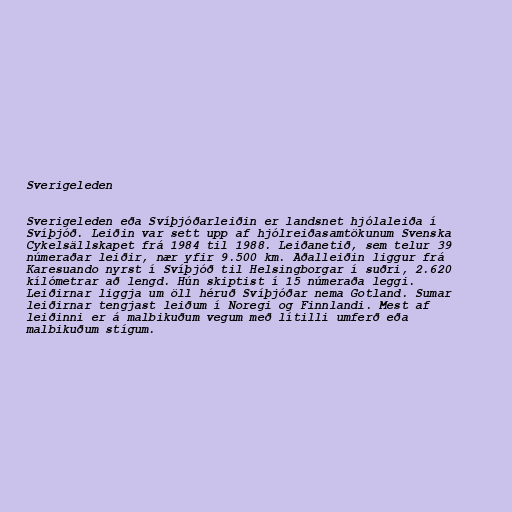
Sverigeleden

Sverigeleden eða Svíþjóðarleiðin er landsnet hjólaleiða í
Svíþjóð. Leiðin var sett upp af hjólreiðasamtökunum Svenska
Cykelsällskapet frá 1984 til 1988. Leiðanetið, sem telur 39
númeraðar leiðir, nær yfir 9.500 km. Aðalleiðin liggur frá
Karesuando nyrst í Svíþjóð til Helsingborgar í suðri, 2.620
kílómetrar að lengd. Hún skiptist í 15 númeraða leggi.
Leiðirnar liggja um öll héruð Svíþjóðar nema Gotland. Sumar
leiðirnar tengjast leiðum í Noregi og Finnlandi. Mest af
leiðinni er á malbikuðum vegum með lítilli umferð eða
malbikuðum stígum.